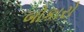
બોકારો